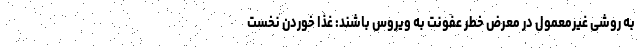
به روشی غیرمعمول در معرض خطر عفونت به ویروس باشند: غذا خوردن نخست